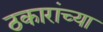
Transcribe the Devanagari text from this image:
ठकारांच्या